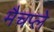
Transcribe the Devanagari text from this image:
मैचप्ले